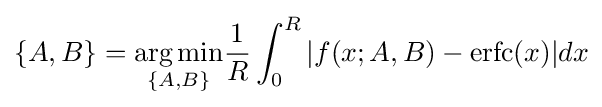
\{A,B\}={\underset {\{A,B\}}{\arg \min }}{\frac {1}{R}}\int _{0}^{R}|f(x;A,B)-\operatorname {erfc} (x)|dx